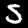
Digit: 5